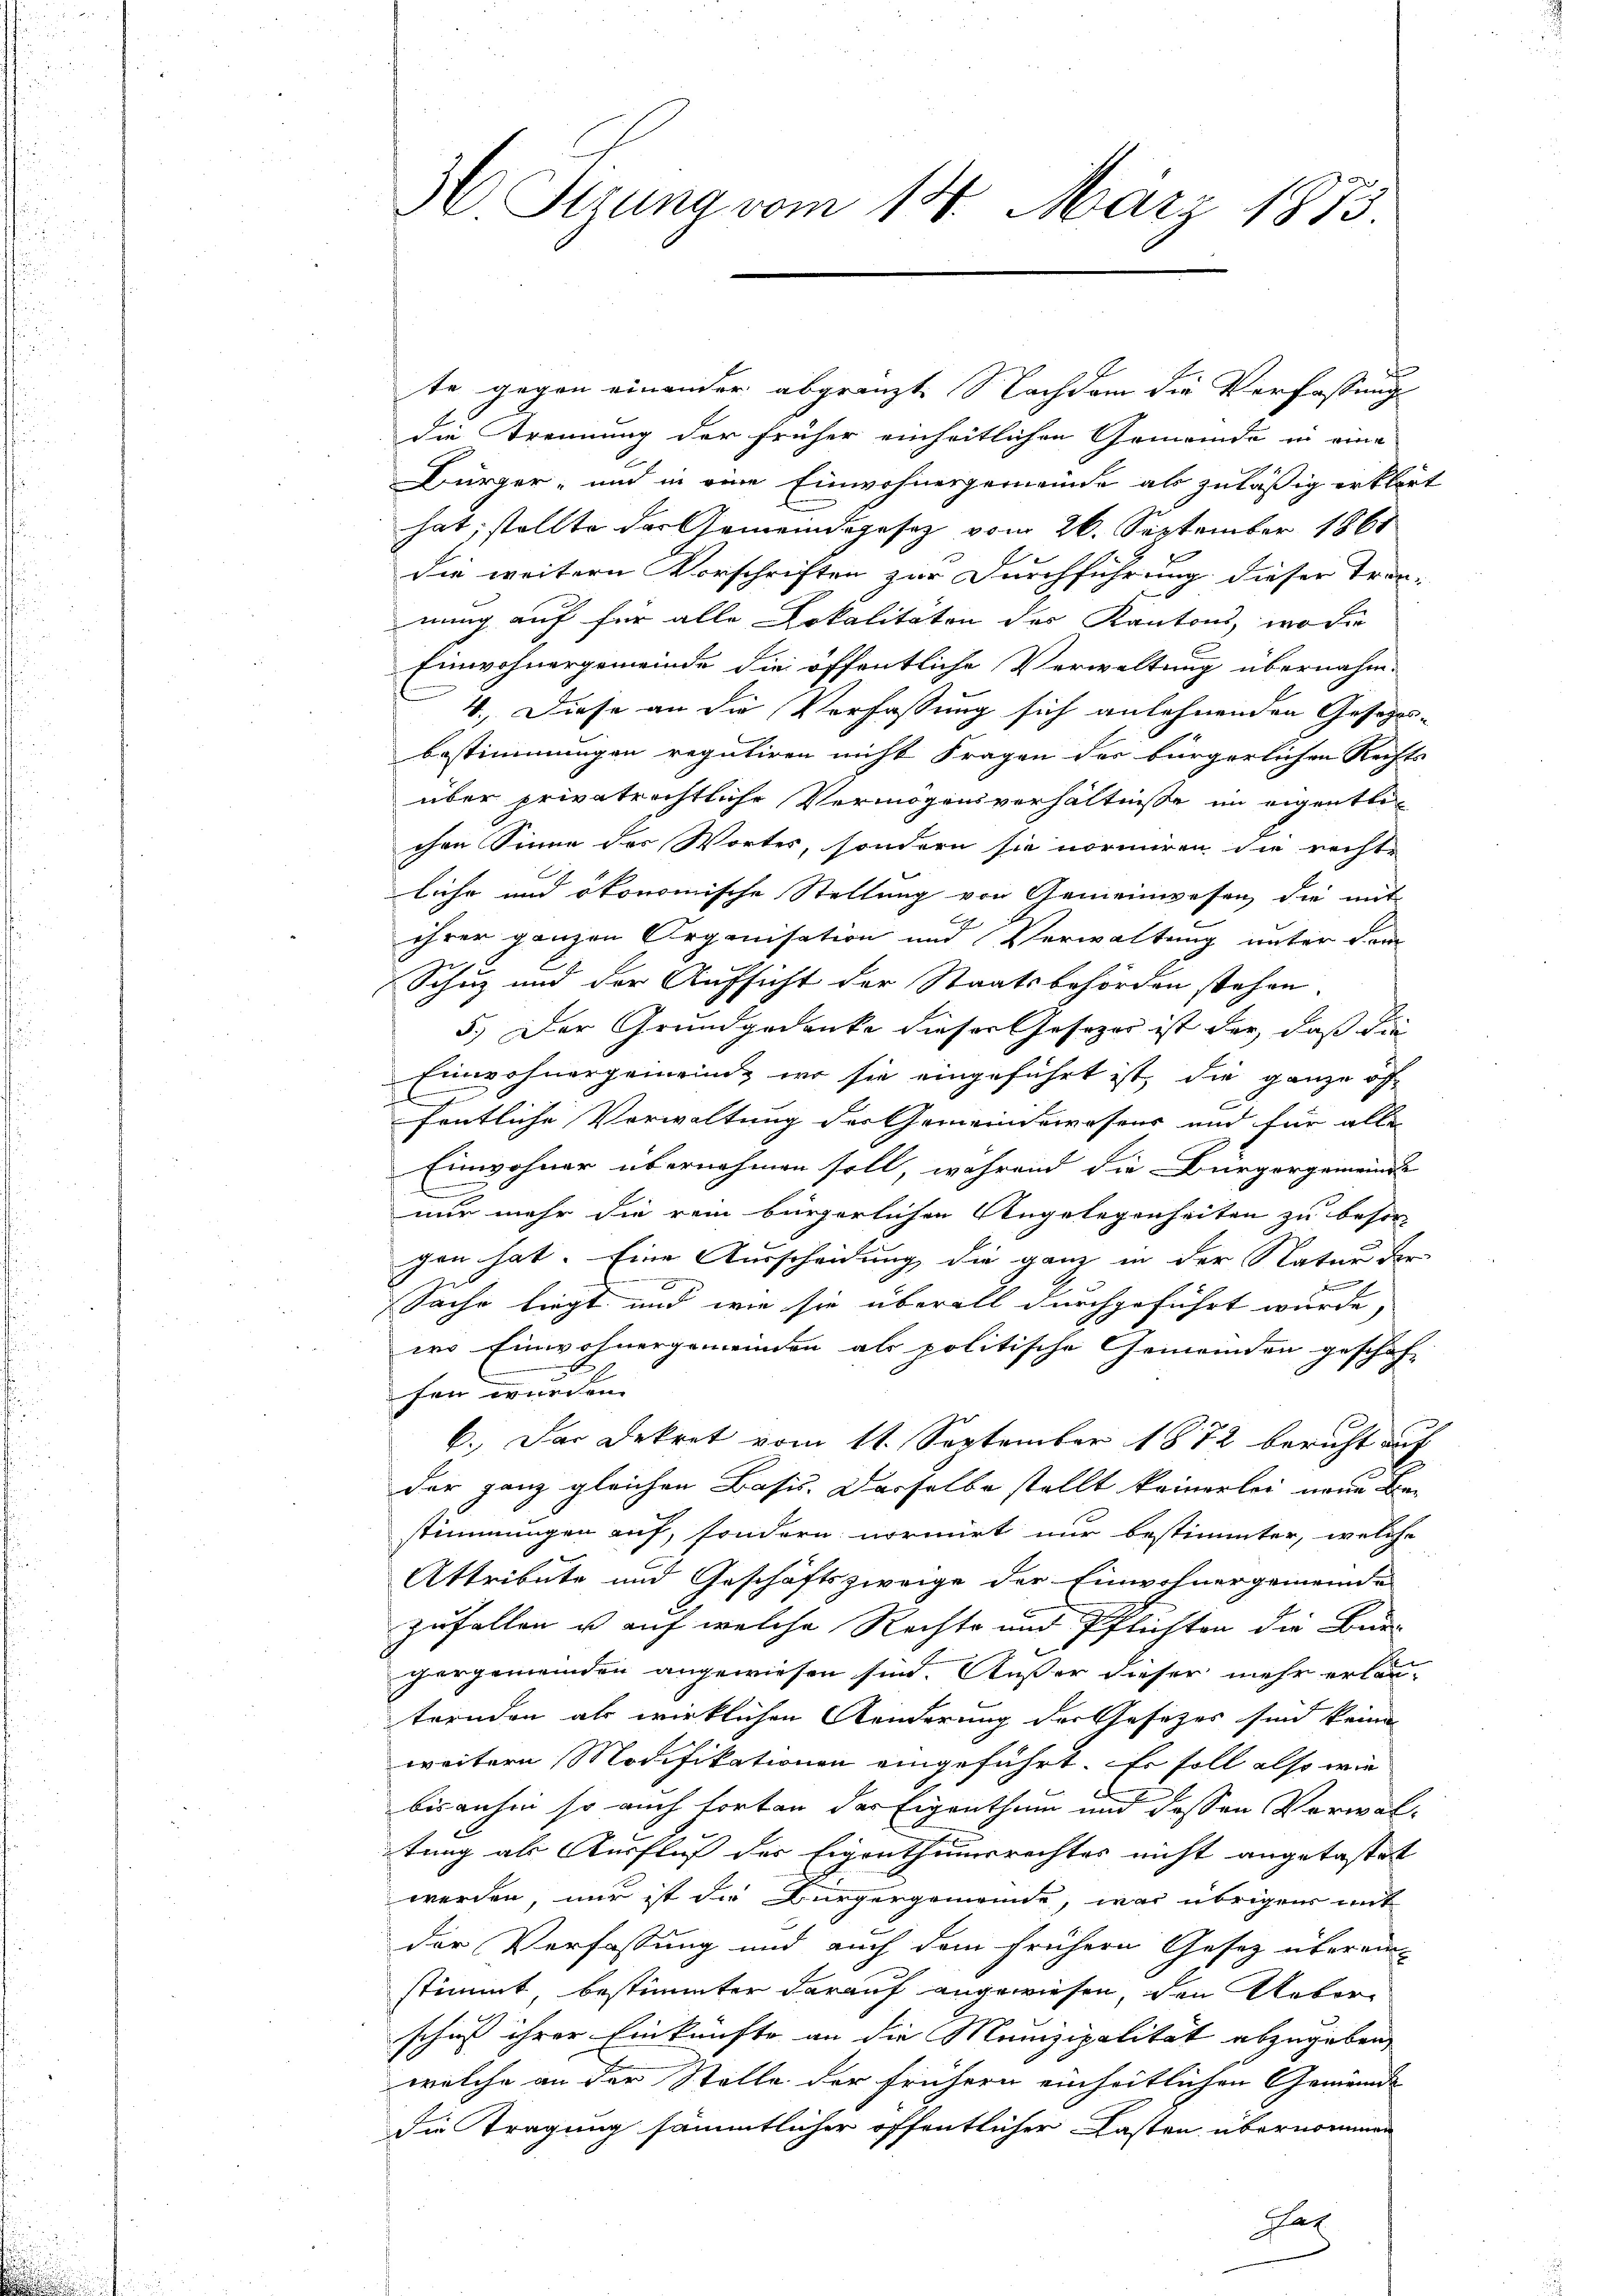
3 Serena vom 14. März 1875

te gegen einander abgränzt. Nachdem die Verfassung
die Trennung der früher einheitlichen Gemeinde in eine
Bürger- und in eine Einwohnergemeinde als zuläßig erklärt
hat; stellte der Gemeindesgesetz vom 26. September 1861
die weitern Vorschriften zur Durchführung dieser Tren-
nung auf für alle Lokalitäten des Kantons, wo die
Einwohnergemeinde die öffentliche Verwaltung übernahm-
8. Diese an die Verfassung sich anlehnenden Gesezes-
bestimmungen reguliren nicht Fragen des bürgerlichen Rechts-
über privatrechtliche Vermögensverhältnisse im eigentlichen Sinne des Wortes, sondern sie normiren die rechte
liche und ökonomische Stellung von Gemeinwesen die mit
ihrer ganzen Organisation und Verwaltung unter dam
Schuz und der Aufsicht der Staatsbehörden stehen.
5.) Der Grundgedanke dieser Gesezer ist der, daß die
Einwohnergemeind, wo sie eingeführt ist, die ganze off-
C
fentliche Vorwaltung der Gemeindewesens und für alle
Einwohner übernehmen soll, während die Bürgergemeinde
e
nur mehr die rein bürgerlichen Angelegenheiten zu besor
gen hat. Eine Ausscheidung die ganz in der Natur der
d
Sache liegt und wie sie überall durchgeführt wurde,
wo Einwohnergemeinden als politische Gemeinden geschaf-
hen wurden.
6. Der Dekret vom 11. September 1872 bericht auf
der ganz gleichen Basis. Dasselbe stellt keinerlei neue Bestimmungen auf, sondern normirt nur bestimmter, welche
Attribute und Geschäftszweige der Einwohnergemeinde
zufallen u auf welche Rechte und Pflichten die Bur-
hergemeinden angewiesen sind. Außer dieser mehr erläu-
trenden als wirklichen Aenderung der Gesezes sind keine
weitere Modifikationen eingeführt. Er soll also wie
b
bisanhin so auch forten der Eigenthum und dessen Verwaltung als Ausfluß der Eigenthumsrechtes nicht angetastet
werden, nur ist die Bürgergemeinde, was übrigens mit
der Verfassung und auch dem frühern Gesetz überein-
stimmt bestimmter darauf angewiesen, den Ueber
schus ihrer Einkünfte an die Munizipalität abzugeben,
welche an der Stelle der frühern einheitlichen Gemeinde- |
Die Tragung sämmtlicher öffentlicher Lasten übernommen
Gat